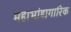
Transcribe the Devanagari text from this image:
महाभांडागारिक